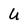
Character: U